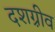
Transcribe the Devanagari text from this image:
दशग़्रीव